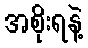
အစိုးရနဲ့